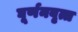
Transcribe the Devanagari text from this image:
घूर्णनवृत्त